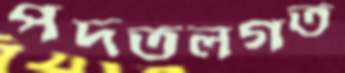
পদতলগত